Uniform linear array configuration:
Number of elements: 12
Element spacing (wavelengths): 0.25
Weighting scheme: binomial
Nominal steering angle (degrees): -30
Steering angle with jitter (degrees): -31.668
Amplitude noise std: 0.05
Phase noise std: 0.05

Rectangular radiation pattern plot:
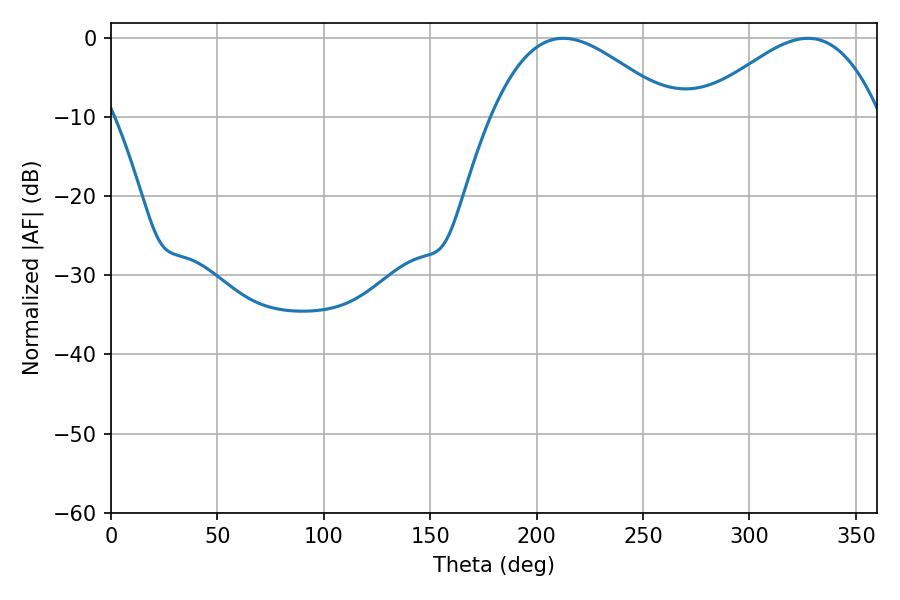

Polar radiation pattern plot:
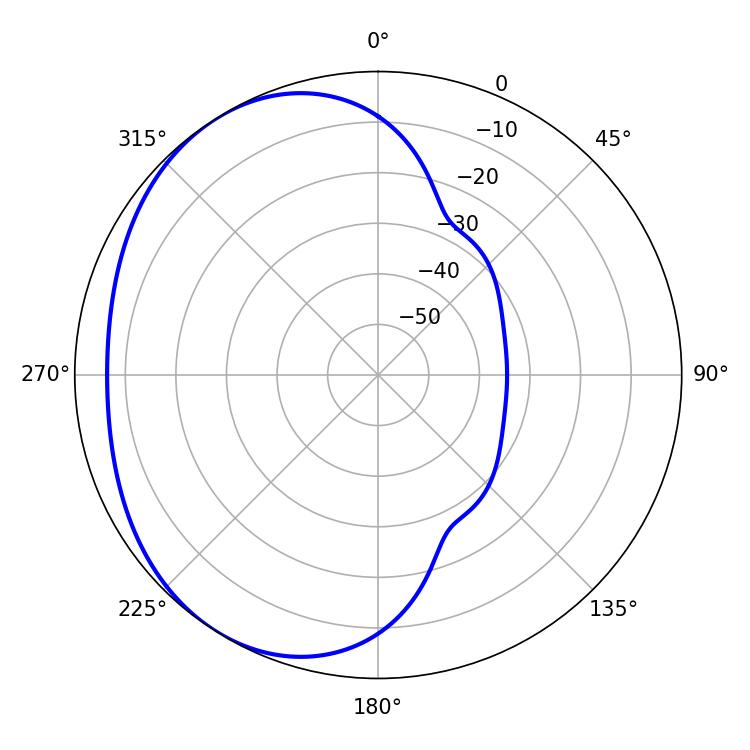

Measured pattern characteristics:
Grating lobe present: FALSE
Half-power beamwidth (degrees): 46.08
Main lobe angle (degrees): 212.58